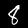
Digit: 8